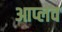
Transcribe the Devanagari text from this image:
आप्लव